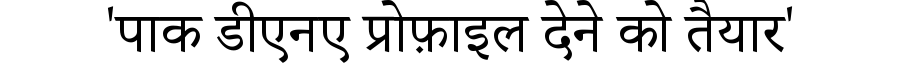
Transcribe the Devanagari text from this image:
'पाक डीएनए प्रोफ़ाइल देने को तैयार'